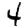
Digit: 4